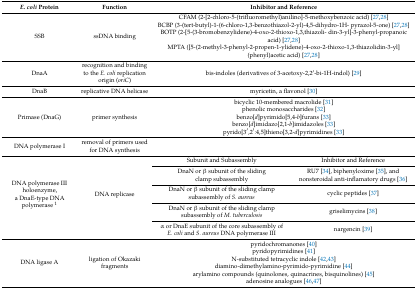
<table><thead><tr><td><b><i>E. coli</i> Protein</b></td><td><b>Function</b></td><td colspan="2"><b>Inhibitor and Reference</b></td></tr></thead><tbody><tr><td>SSB</td><td>ssDNA binding</td><td colspan="2">CFAM (2-[2-chloro-5-(trifluoromethyl)anilino]-5-methoxybenzoic acid) [27,28]BCBP (3-(tert-butyl)-1-(6-chloro-1,3-benzothiazol-2-yl)-4,5-dihydro-1H- pyrazol-5-one) [27,28]BOTP (2-[5-(3-bromobenzylidene)-4-oxo-2-thioxo-1,3,thiazoli- din-3-yl]-3-phenyl-propanoic acid) [27,28]MPTA ([5-(2-methyl-3-phenyl-2-propen-1-ylidene)-4-oxo-2-thioxo-1,3-thiazolidin-3-yl] (phenyl)acetic acid) [27,28]</td></tr><tr><td>DnaA</td><td>recognition and binding to the <i>E. coli</i> replication origin (<i>oriC</i>)</td><td colspan="2">bis-indoles (derivatives of 3-acetoxy-2,2′-bi-1H-indol) [29]</td></tr><tr><td>DnaB</td><td>replicative DNA helicase</td><td colspan="2">myricetin, a flavonol [30]</td></tr><tr><td>Primase (DnaG)</td><td>primer synthesis</td><td colspan="2">bicyclic 10-membered macrolide [31]phenolic monosaccharides [32]benzo[<i>d</i>]pyrimido[5,4-<i>b</i>]furans [33]benzo[<i>d</i>]imidazo[2,1-<i>b</i>]imidazoles [33]pyrido[3′,2′:4,5]thieno[3,2-<i>d</i>]pyrimidines [33]</td></tr><tr><td>DNA polymerase I</td><td>removal of primers used for DNA synthesis</td><td colspan="2"></td></tr><tr><td rowspan="5">DNA polymerase III holoenzyme, a DnaE-type DNA polymerase <sup>1</sup></td><td rowspan="5">DNA replicase</td><td>Subunit and Subassembly</td><td>Inhibitor and Reference</td></tr><tr><td>DnaN or β subunit of the sliding clamp subassembly</td><td>RU7 [34], biphenyloxime [35], and nonsteroidal anti-inflamatory drugs [36]</td></tr><tr><td>DnaN or β subunit of the sliding clamp subassembly of <i>S. aureus</i></td><td>cyclic peptides [37]</td></tr><tr><td>DnaN or β subunit of the sliding clamp subassembly of <i>M. tuberculosis</i></td><td>griselimycins [38]</td></tr><tr><td>α or DnaE subunit of the core subassembly of <i>E. coli</i> and <i>S. aureus</i> DNA polymerase III</td><td>nargencin [39]</td></tr><tr><td>DNA ligase A</td><td>ligation of Okazaki fragments</td><td colspan="2">pyridochromanones [40]pyridopyrimidines [41]N-substituted tetracyclic indole [42,43]diamino-dimethylamino-pyrimido-pyrimidine [44]arylamino compounds (quinolones, quinacrines, bisquinolines) [45]adenosine analogues [46,47]</td></tr></tbody></table>